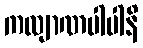
ကလျာဏပါပါနိ